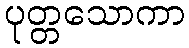
ပုတ္တသောကာ